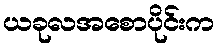
ယခုလအစောပိုင်းက